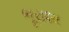
ભૂરાશા